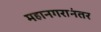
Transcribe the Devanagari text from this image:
महानगरानंतर